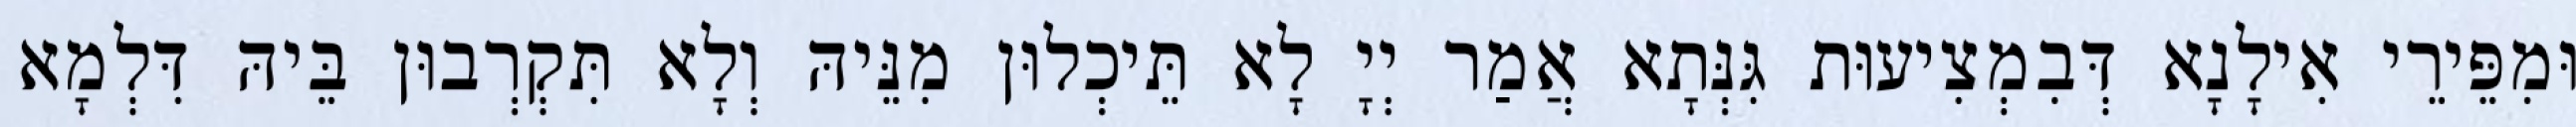
וּמִפֵּירֵי אִילָנָא דְּבִמְצִיעוּת גִּנְּתָא אֲמַר יְיָ לָא תֵּיכְלוּן מִנֵּיהּ וְלָא תִּקְרְבוּן בֵּיהּ דִּלְמָא